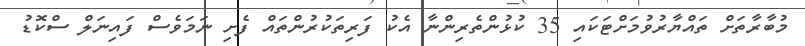
މުބާރާތަށް ތައްޔާރުވުމަށްޓަކައި 35 ކުޅުންތެރިންނާ އެކު ފަރިތަކުރުންތައް ފެށި ނަމަވެސް ފައިނަލް ސްކޮޑު